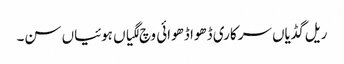
ریل گڈیاں سرکاری ڈھوا ڈھوائی وچ لگیاں ہوئیاں سن۔